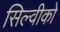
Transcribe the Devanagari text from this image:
सिल्वीको